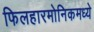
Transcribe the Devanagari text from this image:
फिलहारमोनिकमध्ये